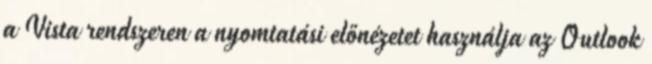
a Vista rendszeren a nyomtatási előnézetet használja az Outlook